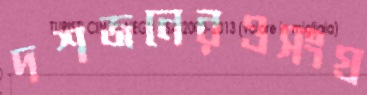
দশজনেরওসংগ্র